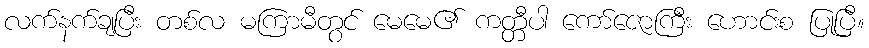
လက်နက်ချပြီး တစ်လ မကြာမီတွင် မေမေ၏ ကတ္တီပါ ကော်ဇောကြီး ဟောင်းစ ပြုပြီ။